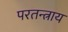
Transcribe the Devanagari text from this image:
परतन्त्राय